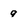
Character: 9